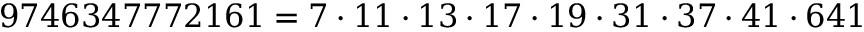
9 7 4 6 3 4 7 7 7 2 1 6 1 = 7 \cdot 1 1 \cdot 1 3 \cdot 1 7 \cdot 1 9 \cdot 3 1 \cdot 3 7 \cdot 4 1 \cdot 6 4 1